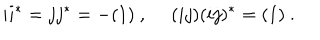
LaTeX: i i ^ { * } = j j ^ { * } = - ( 1 ) ~ , ~ ~ ( i j ) ( i j ) ^ { * } = ( 1 ) ~ .